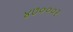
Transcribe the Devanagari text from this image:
४७०००२